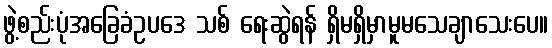
ဖွဲ့စည်းပုံအခြေခံဥပဒေ သစ် ရေးဆွဲရန် ရှိမရှိမှာမူမသေချာသေးပေ။